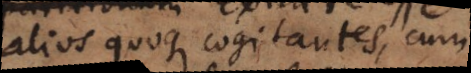
alios quoque cogitantes, cum